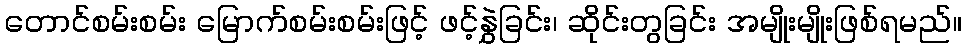
တောင်စမ်းစမ်း မြောက်စမ်းစမ်းဖြင့် ဖင့်နွှဲခြင်း၊ ဆိုင်းတွခြင်း အမျိုးမျိုးဖြစ်ရမည်။